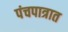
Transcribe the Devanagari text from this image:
पंचपात्रात